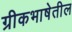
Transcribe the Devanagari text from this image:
ग्रीकभाषेतील